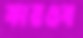
কারণ্ডব